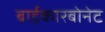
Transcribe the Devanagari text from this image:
बाईकारबोनेट